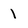
Character: 1